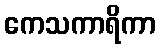
ကေသကာရိကာ